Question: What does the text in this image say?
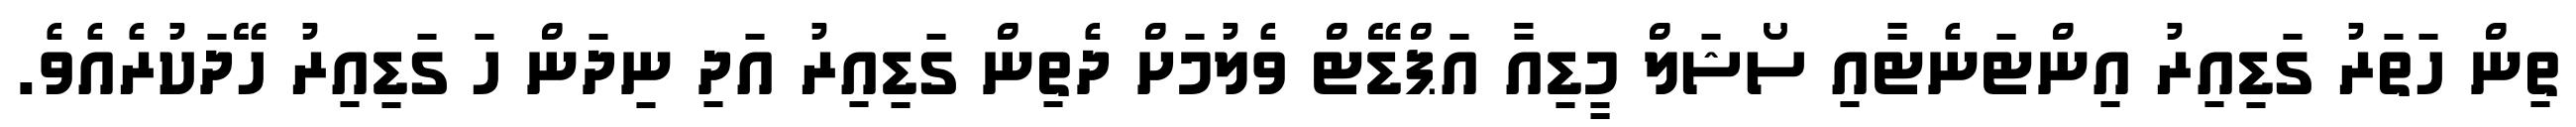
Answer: ތިން ހަތަރު ގަޑިއިރު އިންޓަނެޓާއި ސޯޝަލް މީޑިއާ އަޕްޑޭޓް ވެލުމަށް ދެތިން ގަޑިއިރު އަދި ނިދަން ހަ ގަޑިއިރު ހޭދަކުރެއެވެ.